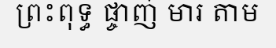
ព្រះពុទ្ធ ផ្ចាញ់ មារ តាម